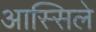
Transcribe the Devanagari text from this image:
आस्सिले